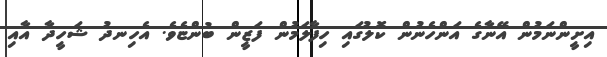
އިށީންނަމުން އޭނާގެ އަންހެނުން ކޮލުގައި ހިފާލަމުން ފަޒީން ބުންޏެވެ. އެހިނދު ޝަހީދާ އާއި